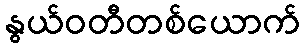
နွယ်ဝတီတစ်ယောက်